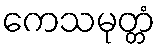
ကေသမုတ္တံ